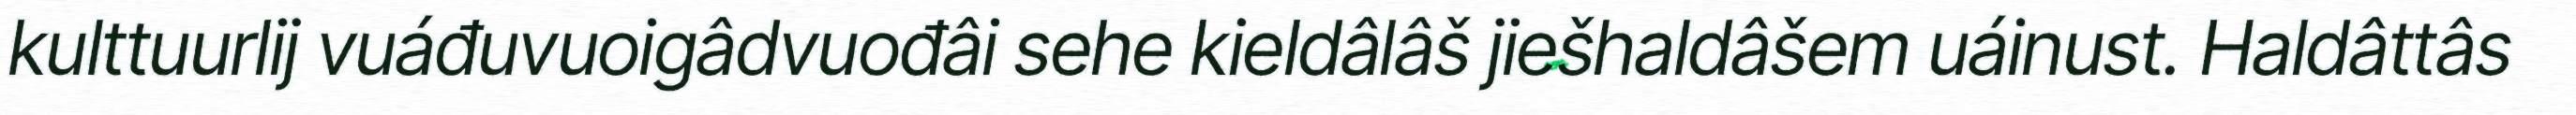
kulttuurlij vuáđuvuoigâdvuođâi sehe kieldâlâš jiešhaldâšem uáinust. Haldâttâs